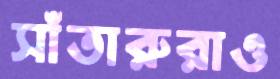
সাঁতারুরাও